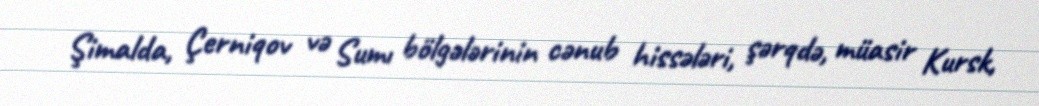
Şimalda, Çerniqov və Sumı bölgələrinin cənub hissələri, şərqdə, müasir Kursk,